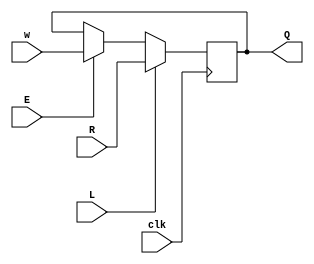
module top_module (
    input clk,
    input w, R, E, L,
    output Q
);

	wire D;
    assign D = L? R : (E? w : Q);
    always@(posedge clk) Q <= D;

endmodule